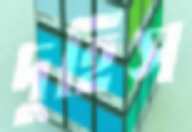
দুহিস